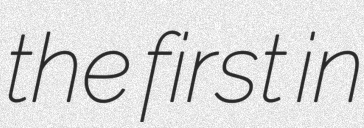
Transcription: the first in